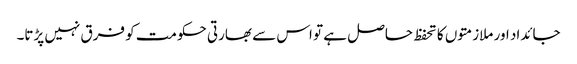
جائداد اور ملازمتوں کا تحفظ حاصل ہے تو اس سے بھارتی حکومت کو فرق نہیں پڑتا۔